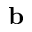
{ \bf b }